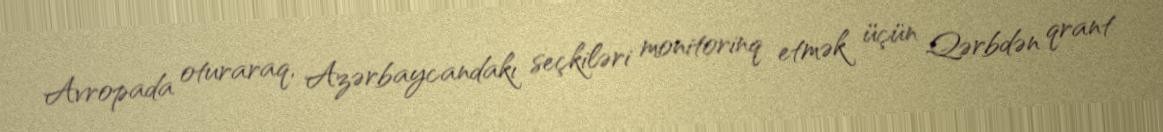
Avropada oturaraq, Azərbaycandakı seçkiləri monitorinq etmək üçün Qərbdən qrant